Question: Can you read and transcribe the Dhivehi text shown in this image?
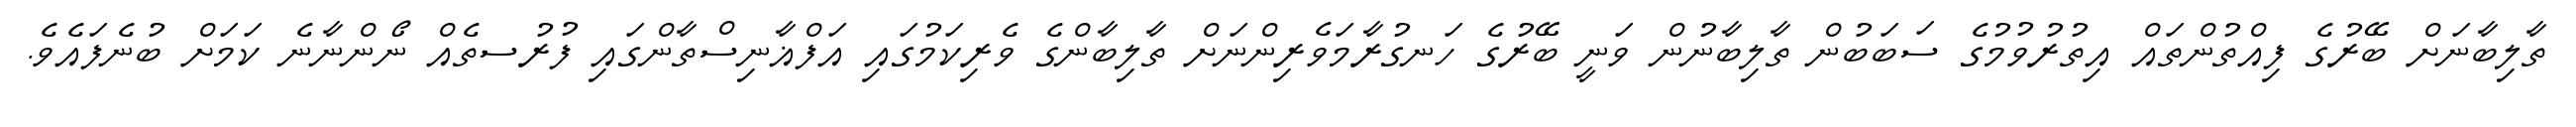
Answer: ތާލިބާނަށް ބޭރުގެ ފިއްތުންތައް އިތުރުވުމުގެ ސަބަބުން ތާލިބާނުން ވަނީ ބޭރުގެ ހަނގުރާމަވެރިންނަށް ތާލިބާންގެ ވެރިކަމުގައި އަފްޣާނިސްތާންގައި ފުރުސތެއް ނޯންނާނެ ކަމަށް ބުނެފައެވެ.